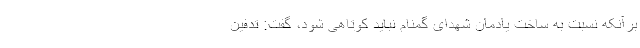
برآنکه نسبت به ساخت یادمان شهدای گمنام نباید کوتاهی شود، گفت: تدفین